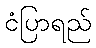
ငံပြာရည်